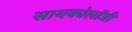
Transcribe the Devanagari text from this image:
सायकोलॉजी